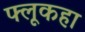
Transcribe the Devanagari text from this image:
फ्लूकहा